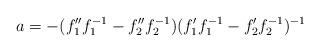
LaTeX: \begin{align*}a=-(f_1''f_1^{-1}-f_2''f_2^{-1})(f_1'f_1^{-1}-f_2'f_2^{-1})^{-1}\end{align*}